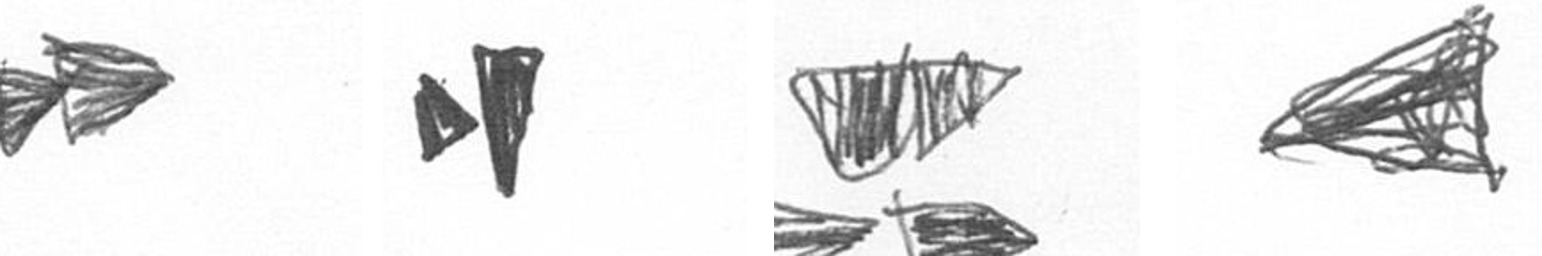
A M B O